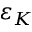
\varepsilon _ { K }